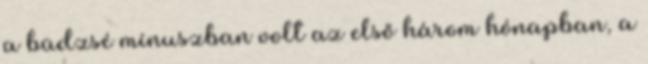
a büdzsé mínuszban volt az első három hónapban, a